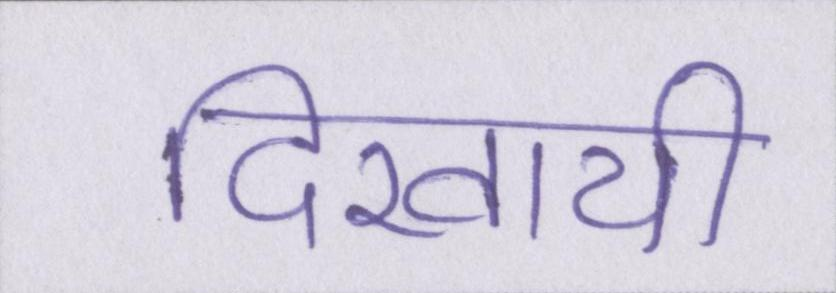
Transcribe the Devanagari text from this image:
दिखायी